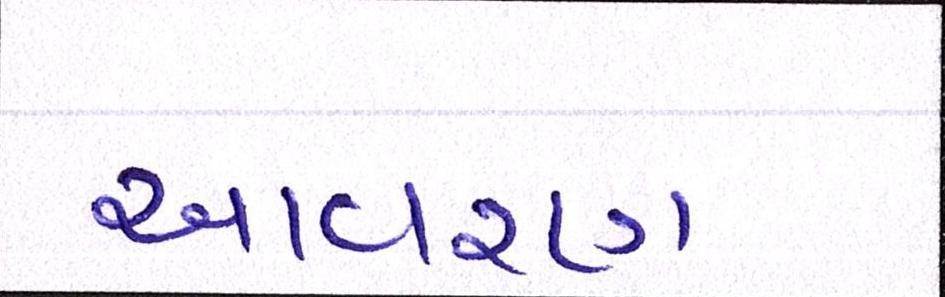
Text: આવરણ